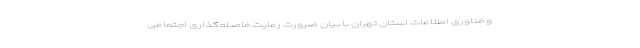
و فناوری اطلاعات استان تهران با بیان ضرورت رعایت فاصله‌گذاری اجتماعی